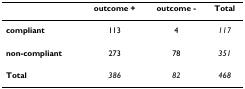
|  | outcome + | outcome - | Total |
 | --- | --- | --- | --- |
 | compliant | 113 | 4 | 117 |
 | non-compliant | 273 | 78 | 351 |
 | Total | 386 | 82 | 468 |